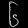
Digit: ၆